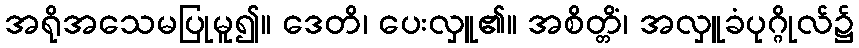
အရိုအသေမပြုမူ၍။ ဒေတိ၊ ပေးလှူ၏။ အစိတ္တိံ၊ အလှူခံပုဂ္ဂိုလ်၌